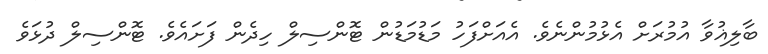
ބާލިޣުވާ އުމުރަށް އެޅުމުންނެވެ. އެއަށްފަހު މަޑުމަޑުން ޓޮންސިލް ހިދެން ފަށައެވެ. ޓޮންސިލް ދުޅަވެ